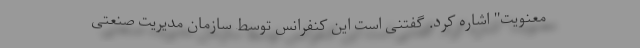
معنویت" اشاره کرد. گفتنی است این کنفرانس توسط سازمان مدیریت صنعتی